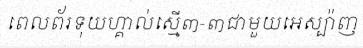
ពេលព័រទុយហ្គាល់ស្មើ៣-៣ជាមួយអេស្ប៉ាញ